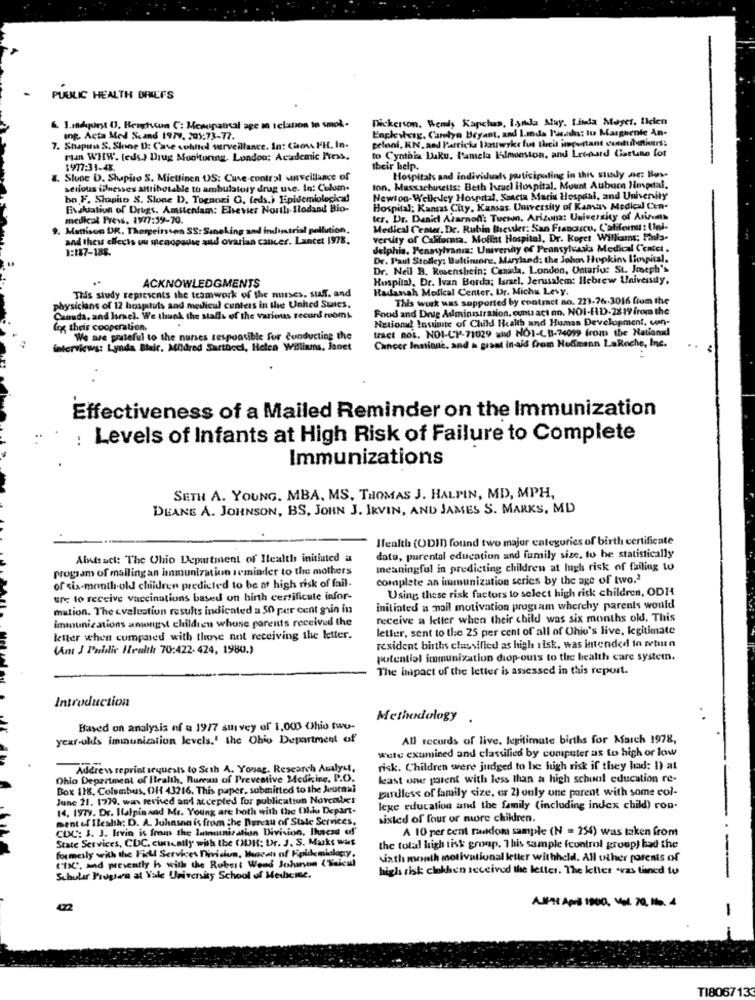
PUBLIC HEALTH BRIEFS
Dickerson. Wendy Kapchas, lynda May. Linda Mayer. Ilcien
& 1.mdquest 0, Beatscon C: Menopausal age in relation In smok.
Englescig, Carolyn Bryant, and I.mda Pusachs: tu Marghente An-
ing. Acta Med Scand 1979. 205:73-77.
peloni, KN. and Partiche Iattwyke lus theit important contributions:
7. Shaputa S. Sione D: Case sohitel surveillance. In: Chov HH. In.
to Cynthia Luku, Pamela Filmenston, and Leonard Carune for
man WHW. (eds.) Drug Monitoring, London: Academic Press,
1977:31-48.
their belp.
8. Slope D. Shapiro S. Miettinen OS: Cuve-contral sinveillance of
Hospital and individuals participating in this study ac: Bose
serious illnesses attributable to ambulatory drug use. In: Culum-
ton, Massachusetts: Beth haracl Hospital. Mount Aubuce Hospital.
bn F. Shapiso S. Stone D. Tognoni G. (eds.i Epidemiological
Newton-Welke ley Hospital, Ssacta Maria Hospeal, and University
Evaluation of Drugs. Amsterdam: Elsevier North-Ilodand Bio-
Hospital: Kansas City, Kansas. University of Kansas Medled Cen-
medkat Press, 19977:59-70.
ter. Dr. Daniel Azarnoff: Tucson, Arizona: University of Anisens
Mattison DR. Thorgeisssen SS: Sineking and industrial pollution.
Medical Center, De. Rubin thessler: San Francisco, Califernu : Ulnl.
and thews ellecis ou menopause and ovarian cancer. Lancet 1978.
versity of California. Moffitt Hospital, Dr. Koret Williams; Pruls.
1:187-188.
delphia. Fenaylvania: Univershy of Pennsylvania Medical Center.
Dr. Paul Stolley: Bultimiore, Maryland: the Johns Hopkins Ihospital.
Dr. Neil B. Rosenshein; Canada. London, Ontarius St. Joseph's
ACKNOWLEDGMENTS
Hospital, Dr. Ivan Borda; Israel. Jerusalem: Hebrew University,
Radanah Medical Center. Dr. Micha Levy.
This study represents the teamwork of the mises. staff. and
This work was supported by contract no. 223-76-3016 from the
physicians of 12 hospstuls and medical centers in the United Sutes,
Food and Drug Administration, contact an. NOI-FID-2819 from the
Canada, and Israel. We thank the staffs of the various record rooms
Naxiond Insinte of Child Health and Human Development, con-
log theis cooperation.
tact nos. NOI-CP-71029 and NO1-CB3-74099 from the National
We are grateful to the nunses responsible for conducting the
Cancer Institute, and a grant in-aid from Hoffmann LaRoche, Inc.
interviews: Lynda Blair. Mildred Sartboel, Helen Williams, Janet
Effectiveness of a Mailed Reminder on the Immunization
Levels of Infants at High Risk of Failure to Complete
Immunizations
SETH A. YOUNG, MBA, MS, THOMAS J. HALPIN, MD, MPH,
DEANE A. JOHNSON, BS, JOHN J. IRVIN, AND JAMES S. MARKS, MD
Health (ODID) found two major categories of birth certificate
Abstract: The Ohio Department of Itealth initiated at
datu, parental education and family size, to be statistically
program of mallingan immunization seminder to the mothers
Ineaningful in predicting children at Ingh risk of failing to
complete an immunization series by the age of two.2
of six-month-old children predicted to be at high risk of fail-
Using these risk factors to select high risk children, ODH
ure to receive vaccinations based on birth certificate infor-
mation. The evaluation results indicated a 50 per cent grin in
initiated a mail motivation program wherchy parents would
immunizations amongst children whose parents received the
receive a letter when their child was six months old. This
letter, sent to the 25 per cent of all of Ohio's live, legitimate
letter when compared with these not receiving the letter.
(nt J Pueldir Health 70:422. 424, 1980.)
resident births classified as high risk, was intended to return
potential immunization diop-outs to the health care systemn.
The impact of the letter is assessed in this report.
Introduction
Methodology .
Based on analysis of a 1977 survey of 1,000 Chio swe-
year-ulls immunization levels.' the Ohio Department of
All records of live. legitimate births for March 1978,
Were exumined and classified by computer as to high or low
Address reprint sequests to Seth A. Youag. Research Analyst,
risk. Children were judged to he hugh risk if they had: I) at
Ohio Department of Health, Bureau of Preventive Medicine, P.O.
least one parent with less than a high school education re-
Box 118. Columbus, OH 43216. This paper, submitted to the Jeuravi
gardless of family size, or 2) only one parent with some col-
June 21. 1979. was revised and accepted for publication Novcoires
14. 1979. Dr. Halpinand Mr. Young are both with the Ohio Depart-
lege education and the family (including index child) con-
ment of Ilealh: D. A. Juhasna is from the Bureau of State Services,
sisteed of four or more children.
CDC: 3. 3. Irvin is from the Immunisation Division, Ihncss of
A 10 per cent random sample (N = 254) was taken from
State Services, CDC. cuneatly with the OUK: Dr. J. S. Maks was
formesly with the Field Services Division, Wasals of Koldemiology,
the total high tisk group. This sample fcontrol group) had the
CDC, and presently is with the Rubert Wend Johanson ('"alcul
sixth month motivational letter withheld. All other forms of
high risk cikhen received the letter. The letter .vas tined tu
Scholar Frugte'n at Yale University School of Medicme.
-
472
AMPHI April 1900, Vol. 70, la. 4
-
TI8067133